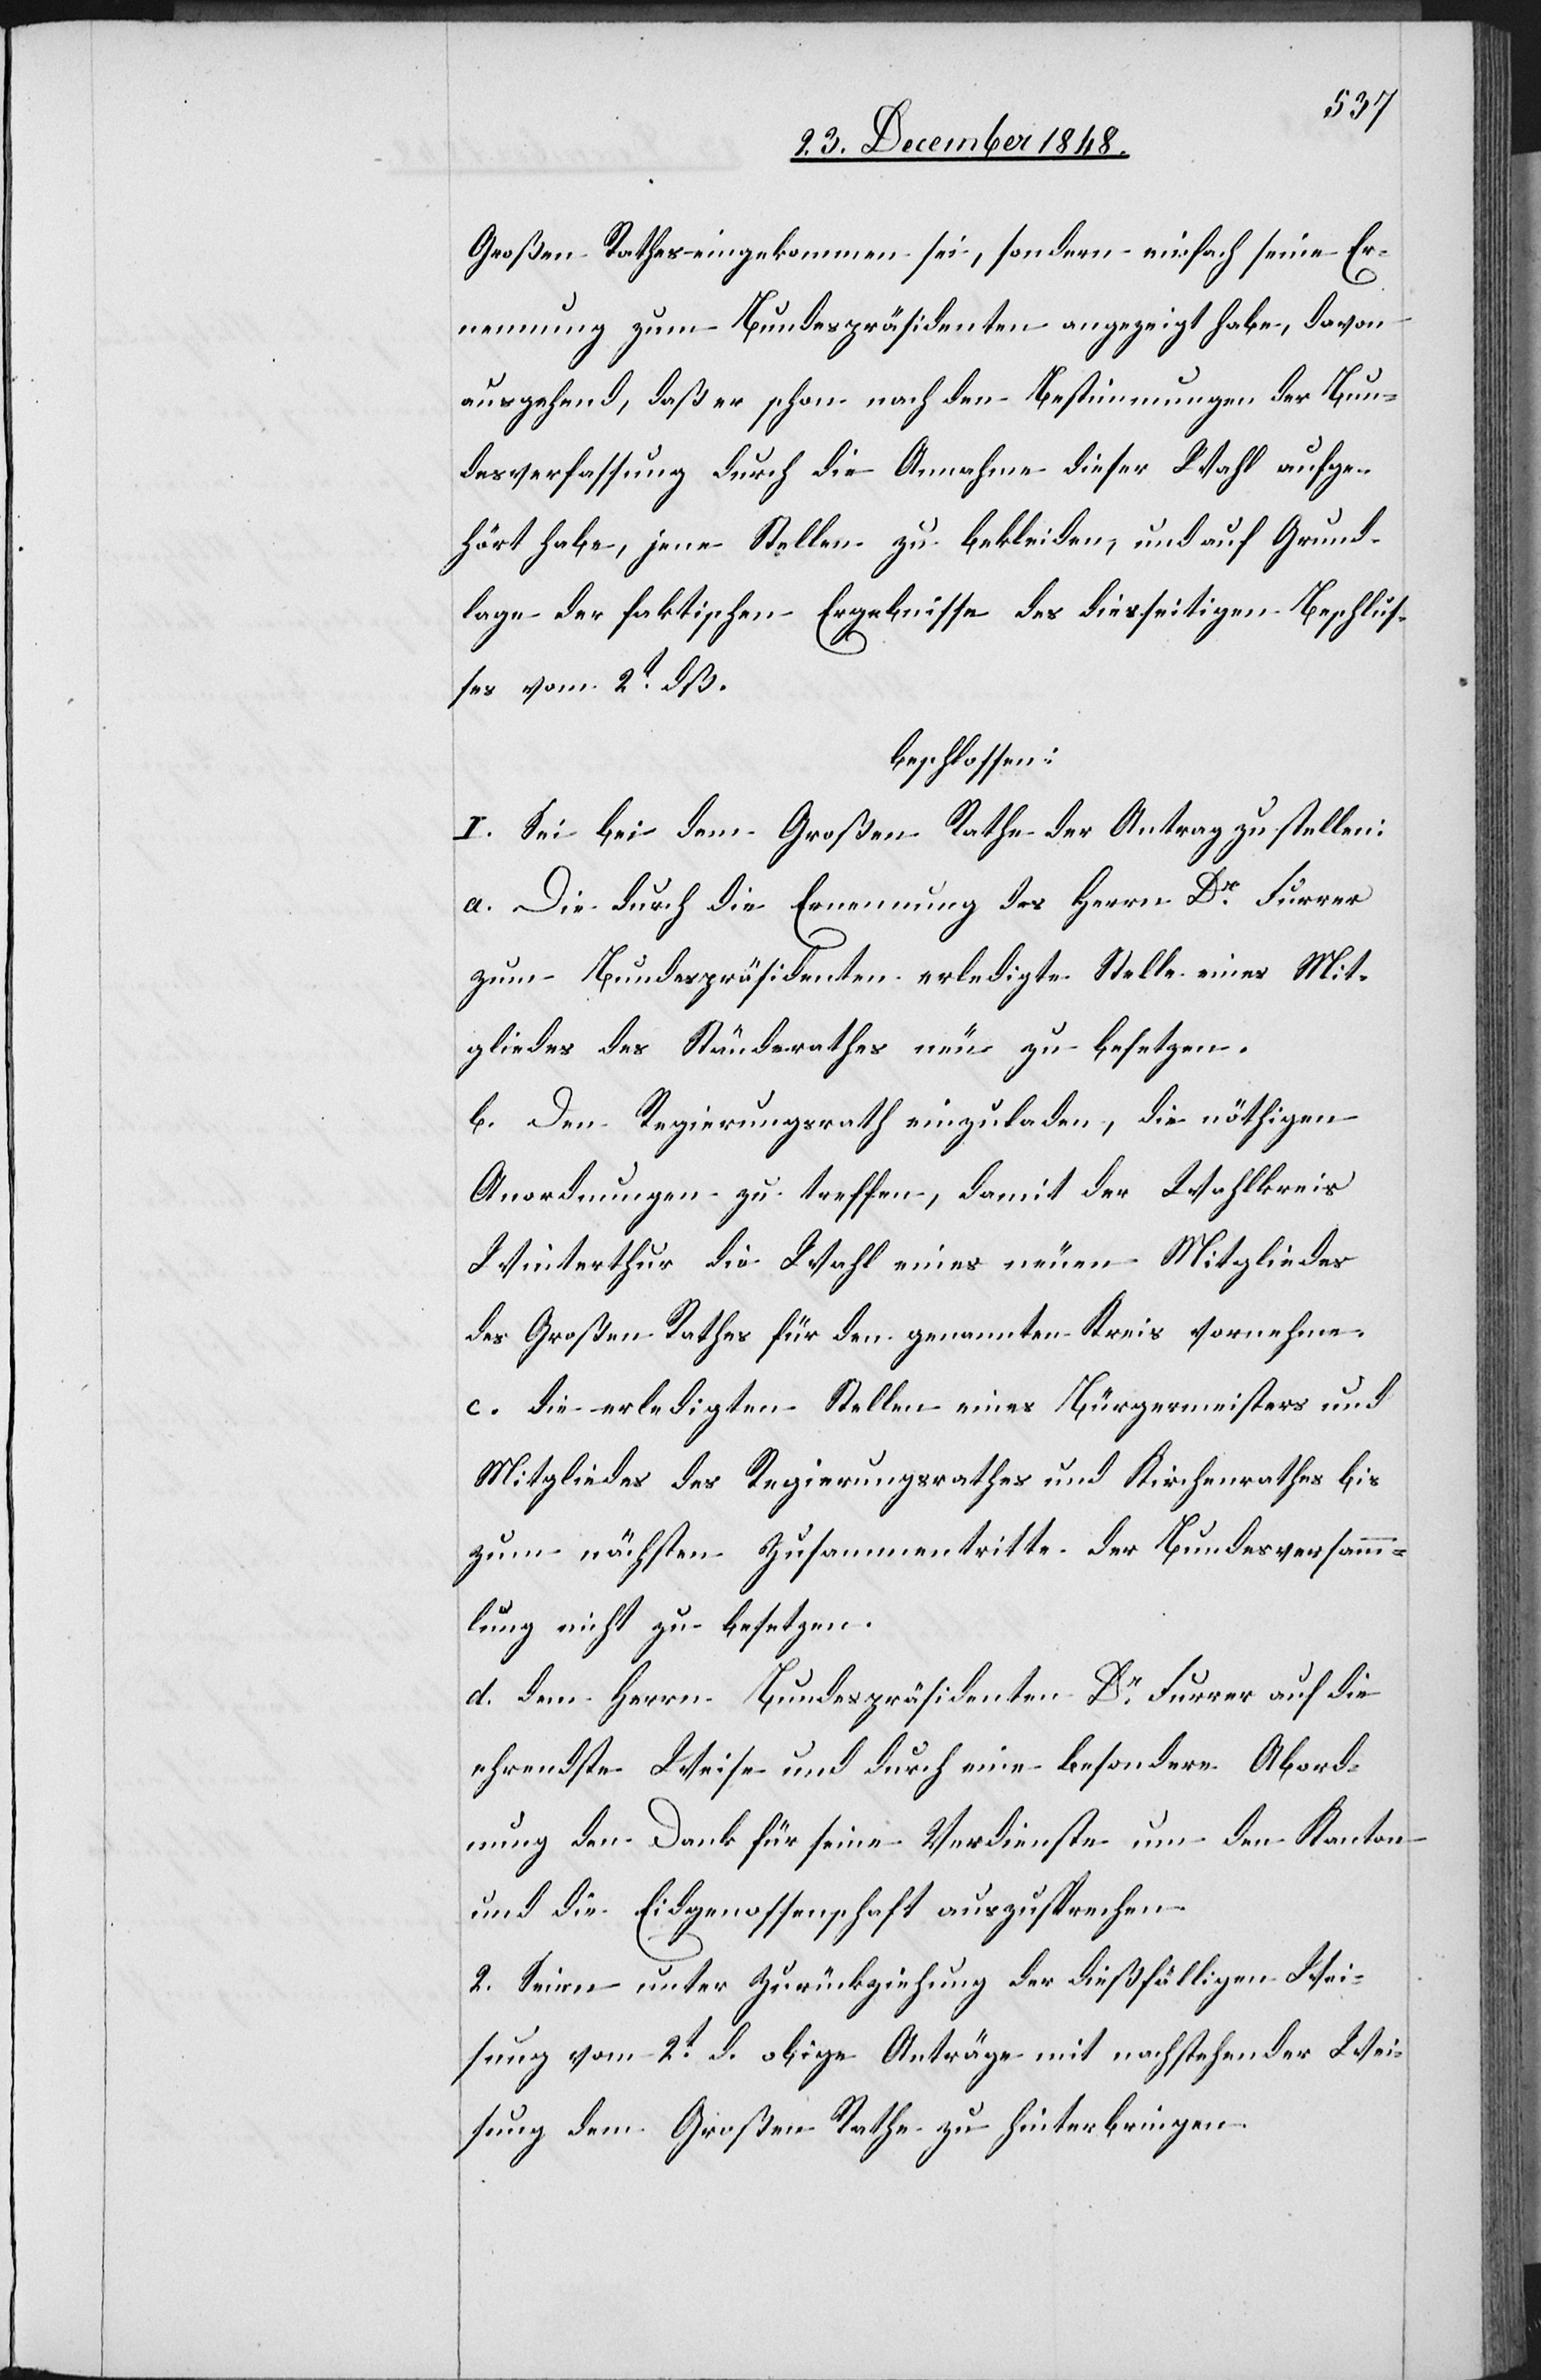
Großen Rathes eingekommen sei, sondern einfach seine Er¬
nennung zum Bundespräsidenten angezeigt habe, davon
ausgehend, daß er schon nach den Bestimmungen der Bun¬
desverfassung durch die Annahme dieser Wahl aufge¬
hört habe, jene Stellen zu bekleiden, und auf Grund¬
lage der faktischen Ergebnisse des diesseitigen Beschlus¬
ses vom 2t dß.
beschlossen:
I. Sei bei dem Großen Rathe der Antrag zu stellen:
a. Die durch die Ernennung des Herrn Dr Furrer
zum Bundespräsidenten erledigte Stelle eines Mit¬
gliedes des Ständerathes neu zu besetzen.
b. Den Regierungsrath einzuladen, die nöthigen
Anordnungen zu treffen, damit der Wahlkreis
Winterthur die Wahl eines neuen Mitgliedes
des Großen Rathes für den genannten Kreis vornehme.
d. Die erledigten Stellen eines Bürgermeisters und
Mitgliedes des Regierungsrathes und Kirchenrathes bis
zum nächsten Zusammentritte der Bundesversamm¬
lung nicht zu besetzen.
d. Dem Herrn Bundespräsidenten Dr Furrer auf die
ehrendste Weise und durch eine besondere Abord¬
nung den Dank für seine Verdienste um den Kanton
und die Eidgenossenschaft auszusprechen.
2. Seien unter Zurückziehung der dießfälligen Wei¬
sung vom 2t d. obige Anträge mit nachstehender Wei¬
sung dem Großen Rathe zu hinterbringen.